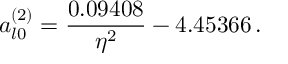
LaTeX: a _ { l 0 } ^ { ( 2 ) } = \frac { 0 . 0 9 4 0 8 } { \eta ^ { 2 } } - 4 . 4 5 3 6 6 \, .